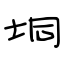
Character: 垌